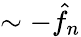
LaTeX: \sim-\hat{f}_{n}